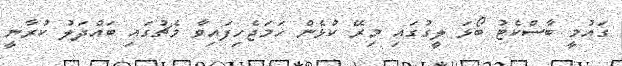
ގައުމީ ބާސްކެޓު ބޯޅަ ލީގުގައި މިރޭ ކުޅެން ހަމަޖެހިފައިވާ މެޗުގައި ބައްދަލު ކުރާނީ